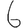
Digit: 6